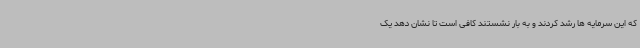
که این سرمایه ها رشد کردند و به بار نشستند کافی است تا نشان دهد یک